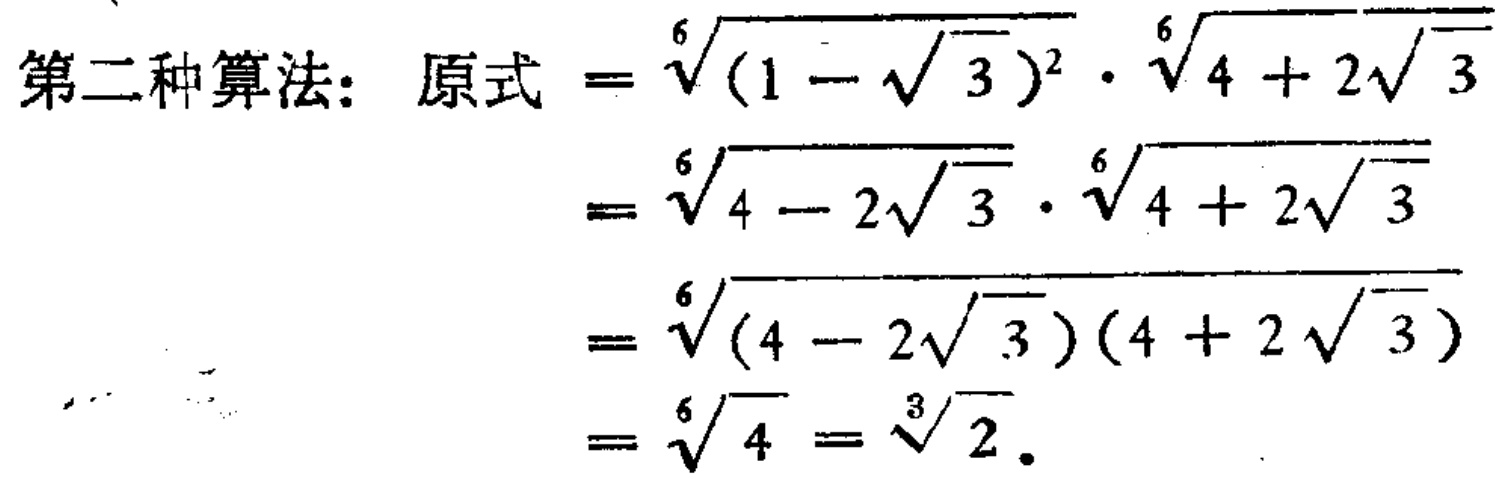
第二种算法：原式$=\sqrt[6]{(1 - \sqrt{3})^2} \cdot \sqrt[6]{4 + 2\sqrt{3}}$

$=\sqrt[6]{4 - 2\sqrt{3}} \cdot \sqrt[6]{4 + 2\sqrt{3}}$

$=\sqrt[6]{(4 - 2\sqrt{3})(4 + 2\sqrt{3})}$

$=\sqrt[6]{4}=\sqrt[3]{2}$。